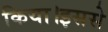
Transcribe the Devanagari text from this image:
किया।इससे